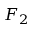
F _ { 2 }